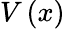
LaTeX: V\left(x\right)